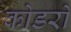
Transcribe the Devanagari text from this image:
कोडरों